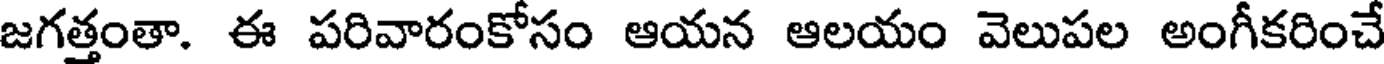
జగత్తంతా. ఈ పరివారంకోసం ఆయన ఆలయం వెలుపల అంగీకరించే